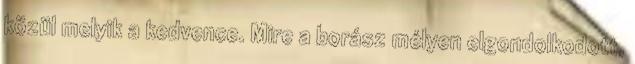
közül melyik a kedvence. Mire a borász mélyen elgondolkodott,